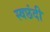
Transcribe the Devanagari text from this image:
स्वछंदी